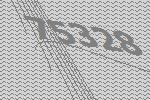
75328